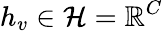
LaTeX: h_{v}\in\mathcal{H}=\mathbb{R}^{C}